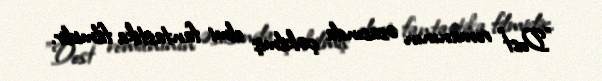
"Dost" romanının əsasında çəkilmiş elmi fantastika filmidir.